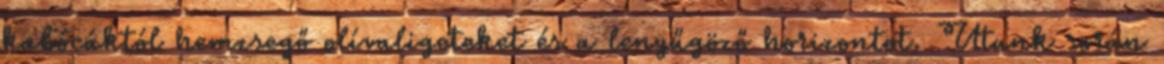
kabócáktól hemzsegő olívaligeteket és a lenyűgöző horizontot. Utunk során